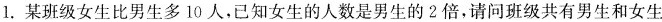
1.某班级女生比男生多10人，已知女生的人数是男生的2倍，请问班级共有男生和女生